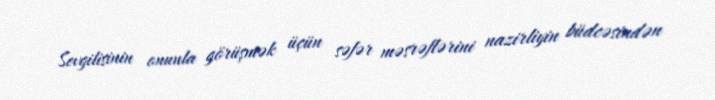
Sevgilisinin onunla görüşmək üçün səfər məsrəflərini nazirliyin büdcəsindən